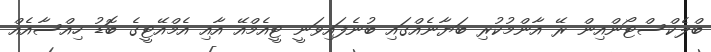
ބްލެކްސްޓޯންއިން ރޭ އާންމުކުރި ބަޔާނެއްގައި ބުނެފައިވަނީ ޓީއެމްއޭ އާއި އެމްއޭޓީގެ ބޮޑު ހިއްސާއެއް